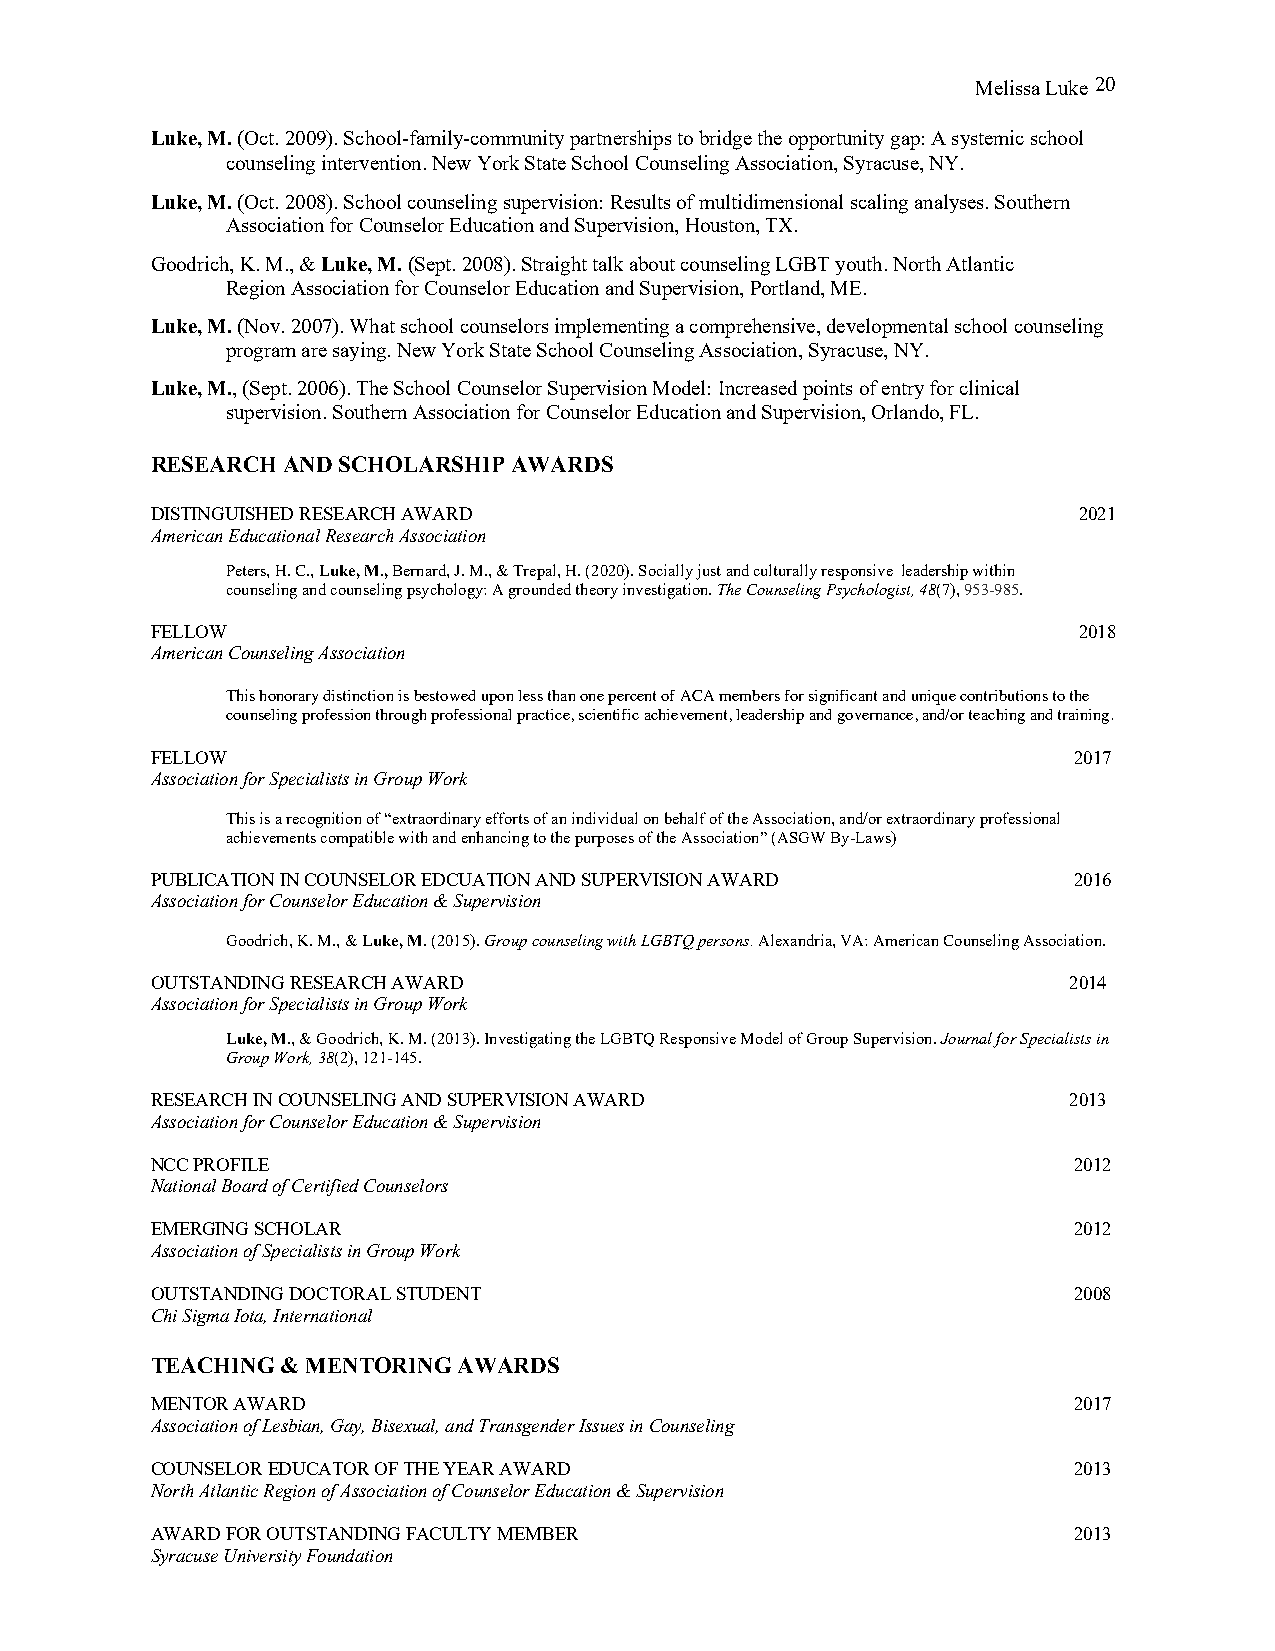
Melissa Luke 2 0
 Luke, M. (Oct. 2009). School-family-community partnerships to bridge the opportunity gap: A systemic school
 counseling intervention. New York State School Counseling Association, Syracuse, NY.
 Luke, M. (Oct. 2008). School counseling supervision: Results of multidimensional scaling analyses. Southern
 Association for Counselor Education and Supervision, Houston, TX.
 Goodrich, K. M., & Luke, M. (Sept. 2008). Straight talk about counseling LGBT youth. North Atlantic
 Region Association for Counselor Education and Supervision, Portland, ME.
 Luke, M. (Nov. 2007). What school counselors implementing a comprehensive, developmental school counseling
 program are saying. New York State School Counseling Association, Syracuse, NY.
 Luke, M., (Sept. 2006). The School Counselor Supervision Model: Increased points of entry for clinical
 supervision. Southern Association for Counselor Education and Supervision, Orlando, FL.
 RESEARCH AND SCHOLARSHIP AWARDS
 DISTINGUISHED RESEARCH AWARD                                 2021
 American Educational Research Association
 Peters, H. C., Luke, M., Bernard, J. M., & Trepal, H. (2020). Socially just and culturally responsive leadership within
 counseling and counseling psychology: A grounded theory investigation. The Counseling Psychologist, 48(7), 953-985.
 FELLOW                                                       2018
 American Counseling Association
 This honorary distinction is bestowed upon less than one percent of ACA members for significant and unique contributions to the
 counseling profession through professional practice, scientific achievement, leadership and governance, and/or teaching and training.
 FELLOW                                                       2017
 Association for Specialists in Group Work
 This is a recognition of “extraordinary efforts of an individual on behalf of the Association, and/or extraordinary professional
 achievements compatible with and enhancing to the purposes of the Association” (ASGW By-Laws)
 PUBLICATION IN COUNSELOR EDCUATION AND SUPERVISION AWARD     2016
 Association for Counselor Education & Supervision
 Goodrich, K. M., & Luke, M. (2015). Group counseling with LGBTQ persons. Alexandria, VA: American Counseling Association.
 OUTSTANDING RESEARCH AWARD                                   2014
 Association for Specialists in Group Work
 Luke, M., & Goodrich, K. M. (2013). Investigating the LGBTQ Responsive Model of Group Supervision. Journal for Specialists in
 Group Work, 38(2), 121-145.
 RESEARCH IN COUNSELING AND SUPERVISION AWARD                 2013
 Association for Counselor Education & Supervision
 NCC PROFILE                                                  2012
 National Board of Certified Counselors
 EMERGING SCHOLAR                                             2012
 Association of Specialists in Group Work
 OUTSTANDING DOCTORAL STUDENT                                 2008
 Chi Sigma Iota, International
 TEACHING & MENTORING AWARDS
 MENTOR AWARD                                                 2017
 Association of Lesbian, Gay, Bisexual, and Transgender Issues in Counseling
 COUNSELOR EDUCATOR OF THE YEAR AWARD                         2013
 North Atlantic Region of Association of Counselor Education & Supervision
 AWARD FOR OUTSTANDING FACULTY MEMBER                         2013
 Syracuse University Foundation